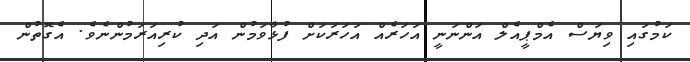
ކަމުގައި ވިޔަސް އެމްޕީއެލް އަންނަނީ އަހަރެއް އަހަރަކަށް ފުޅާވަމުން އަދި ކުރިއަރަމުންނެވެ. އެގޮތުން